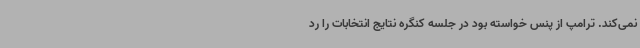
نمی‌کند. ترامپ از پنس خواسته بود در جلسه کنگره نتایج انتخابات را رد